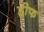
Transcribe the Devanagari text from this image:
हीफ